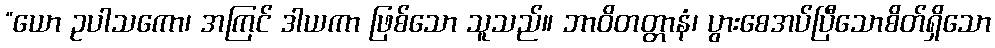
“ယော ဥပါသကော၊ အကြင် ဒါယကာ ဖြစ်သော သူသည်။ ဘာဝိတတ္တာနံ၊ ပွားစေအပ်ပြီသောစိတ်ရှိသော